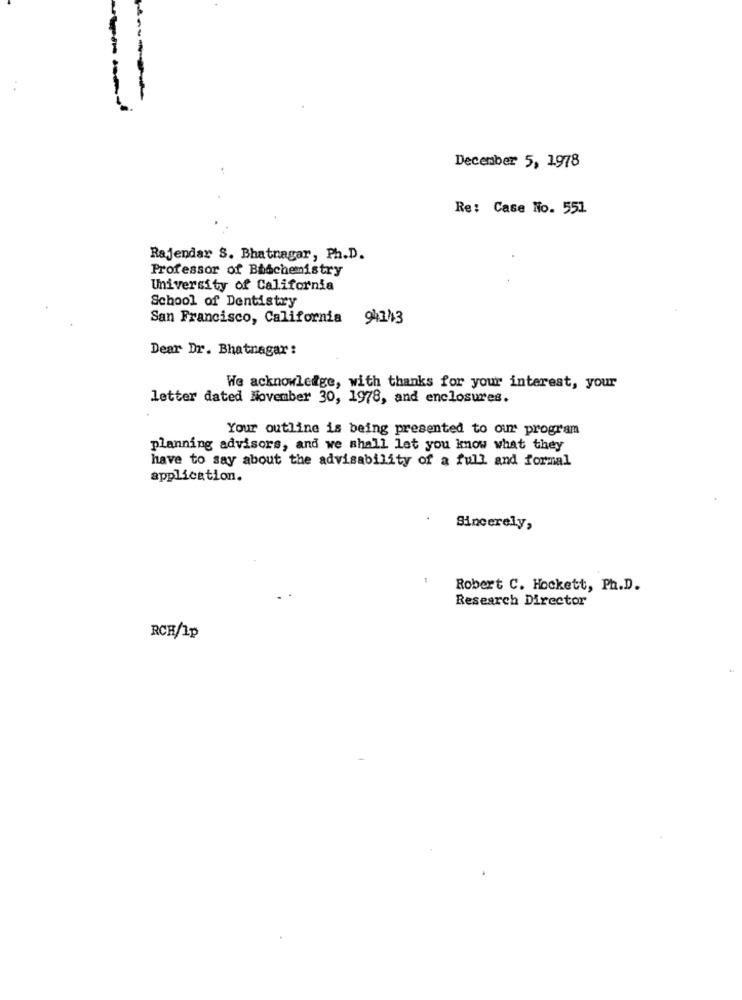
December 5, 1978
Re: Case No. 551
Rajendar S. Bhatnagar, Ph.D.
Professor of Biochemistry
University of California
School of Dentistry
San Francisco, California 9441/3
Dear Dr. Bhatnagar :
We acknowledge, with thanks for your interest, your
letter dated November 30, 1978, and enclosures.
Your outline is being presented to our program
planning advisors, and we shall let you know what they
have to say about the advisability of a full and formal
application.
Sincerely,
Robert C. Hockett, Ph.D.
Research Director
RCH/Ip